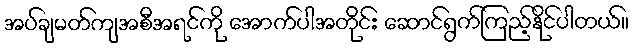
အပ်ချမတ်ကျအစီအရင်ကို အောက်ပါအတိုင်း ဆောင်ရွက်ကြည့်နိုင်ပါတယ်။